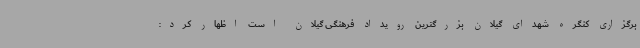
برگزاری کنگره شهدای گیلان بزرگترین رویداد فرهنگی گیلان است اظهار کرد: